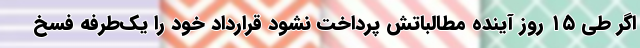
اگر طی ۱۵ روز آینده مطالباتش پرداخت نشود قرارداد خود را یک‌طرفه فسخ